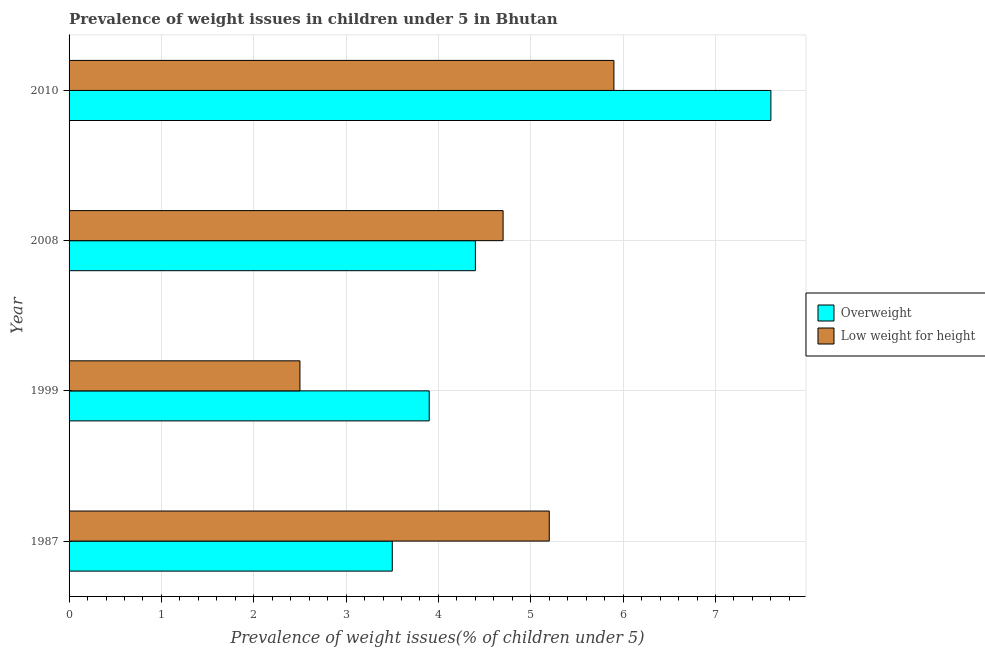
| Year | Overweight | Low weight for height |
 | --- | --- | --- |
 | 1987 | 3.5 | 5.2 |
 | 1999 | 3.9 | 2.5 |
 | 2008 | 4.4 | 4.7 |
 | 2010 | 7.6 | 5.9 |